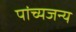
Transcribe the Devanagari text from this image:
पांच्यजन्य